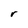
Character: r